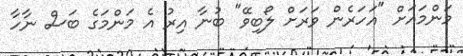
މަންމައަށް "އަހަރެން ވަރަށް ލޯބިވޭ" ބުނާ އިރު އެ މަންމަގެ ބަސް ނާހާ